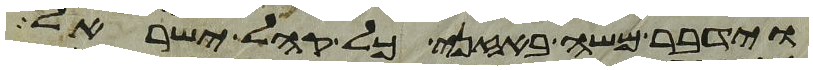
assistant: וידבר משה באזני כל קהל ישראל